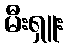
မီးရှူး